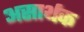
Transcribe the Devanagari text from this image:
असार्थक